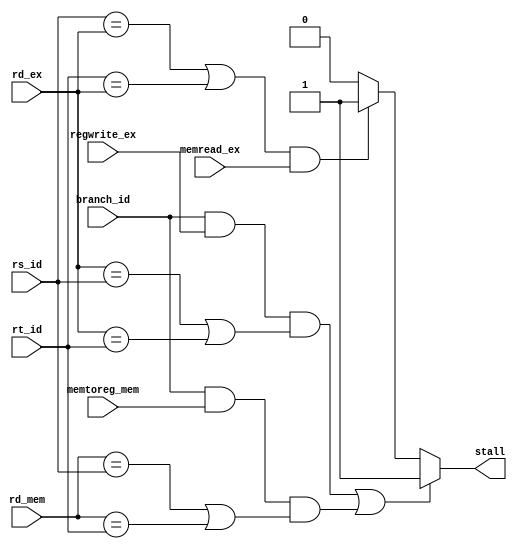
/*##########################################################################################
Note: Please dont upload the assignments, template file/solution and lab. manual on GitHub or others public repository. 
Kindly remove them, if you have uploaded the previous assignments. 
It violates the BITSs Intellectual Property Rights (IPR).
*******************************************************************************************/


module hazardDetectionUnit(input memtoreg_mem, input branch_id, input regwrite_ex, input memread_ex, input [4:0] rd_ex, 
                            input [4:0] rd_mem, input [4:0] rs_id, input [4:0] rt_id, output reg stall);
    
    //WRITE YOUR CODE HERE
    always @(*) begin
        stall = 0;

        if((rs_id==rd_ex || rt_id==rd_ex) && memread_ex) stall=1'b1;

        if ( (branch_id && regwrite_ex && (rd_ex == rs_id || rd_ex == rt_id)) || (branch_id && memtoreg_mem && (rd_mem == rs_id || rd_mem == rt_id)) ) stall=1'b1;
    end

endmodule